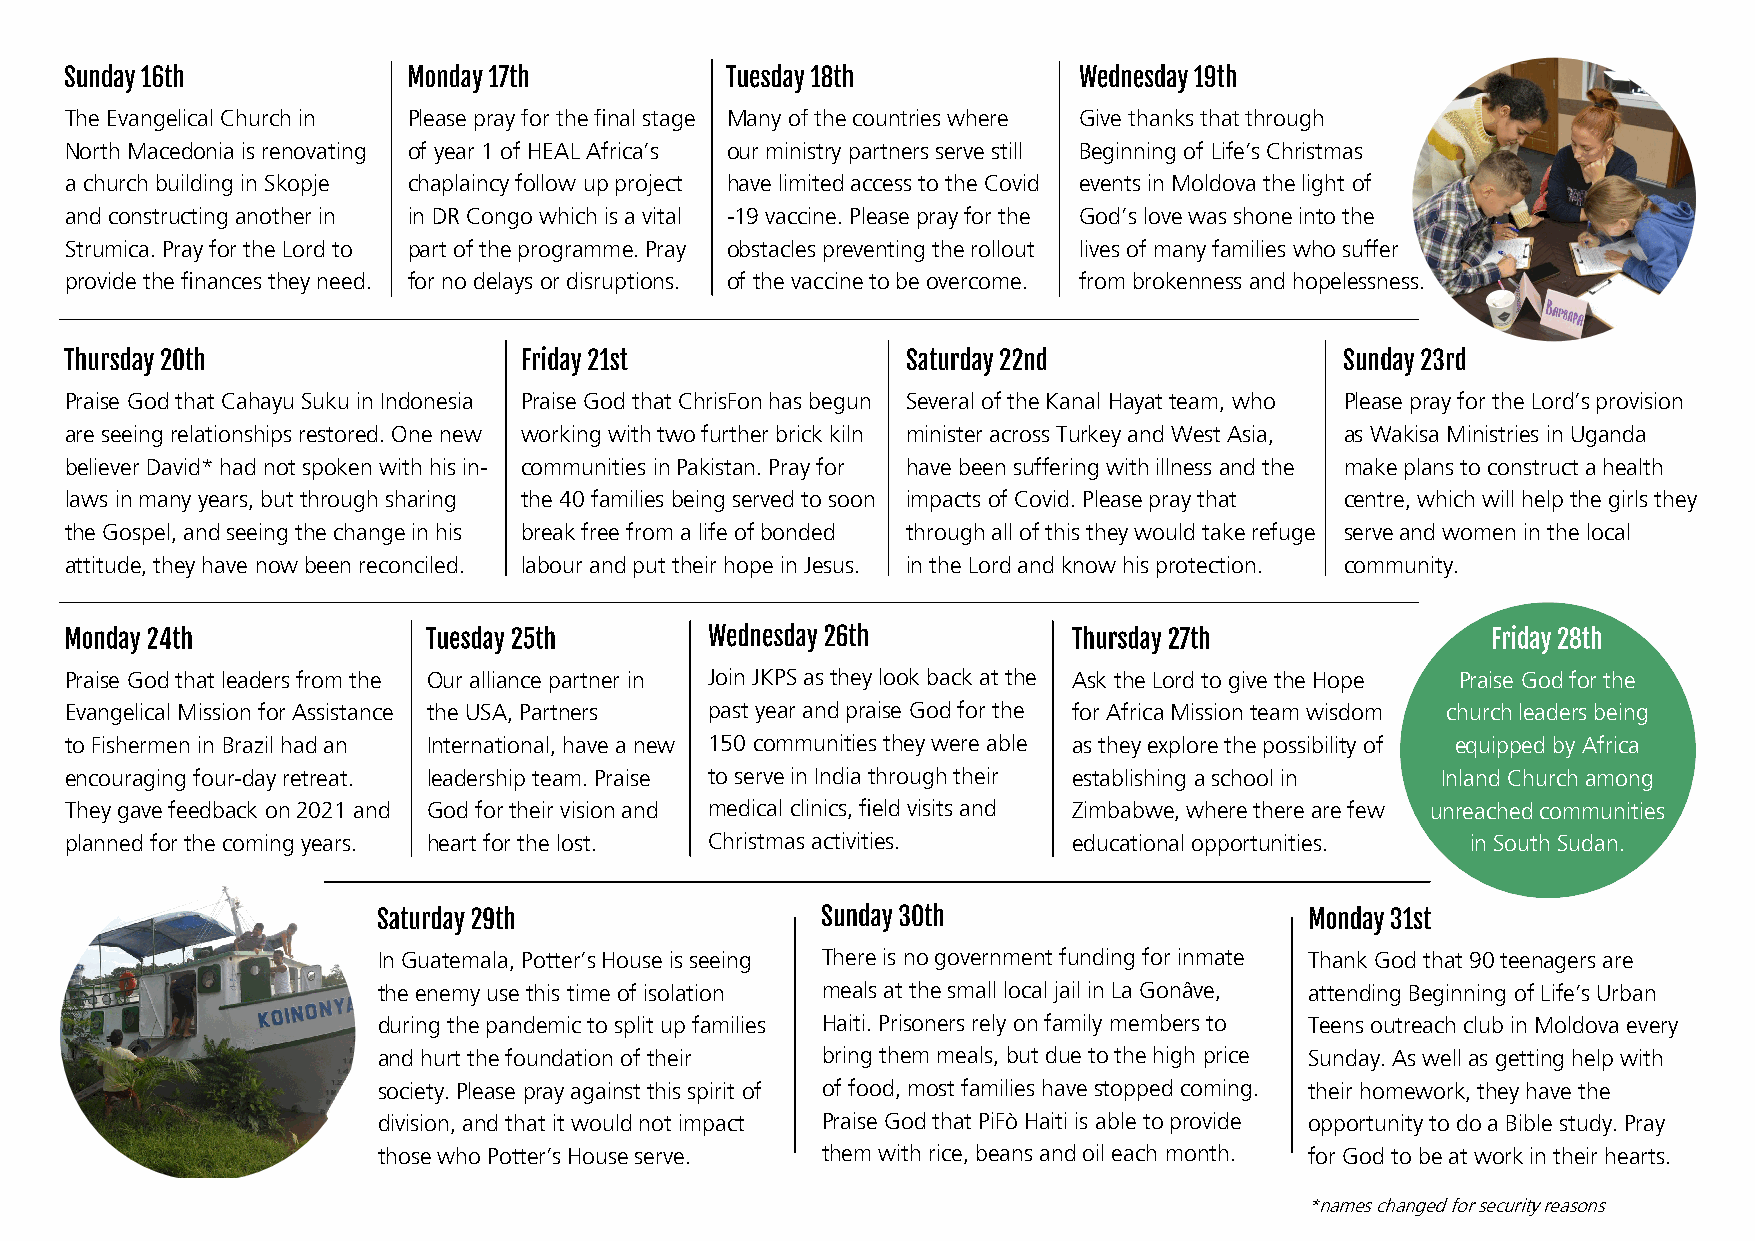
The Evangelical Church in Please pray for the final stage Many of the countries where Give thanks that through
 North Macedonia is renovating of year 1 of HEAL Africa’s our ministry partners serve still Beginning of Life’s Christmas
 a church building in Skopje chaplaincy follow up project have limited access to the Covid events in Moldova the light of
 and constructing another in in DR Congo which is a vital -19 vaccine. Please pray for the God’s love was shone into the
 Strumica. Pray for the Lord to part of the programme. Pray obstacles preventing the rollout lives of many families who suffer
 provide the finances they need. for no delays or disruptions. of the vaccine to be overcome. from brokenness and hopelessness.
 Praise God that Cahayu Suku in Indonesia Praise God that ChrisFon has begun Several of the Kanal Hayat team, who Please pray for the Lord’s provision
 are seeing relationships restored. One new working with two further brick kiln minister across Turkey and West Asia, as Wakisa Ministries in Uganda
 believer David* had not spoken with his in- communities in Pakistan. Pray for have been suffering with illness and the make plans to construct a health
 laws in many years, but through sharing the 40 families being served to soon impacts of Covid. Please pray that centre, which will help the girls they
 the Gospel, and seeing the change in his break free from a life of bonded through all of this they would take refuge serve and women in the local
 attitude, they have now been reconciled. labour and put their hope in Jesus. in the Lord and know his protection. community.
 Praise God that leaders from the Our alliance partner in Join JKPS as they look back at the Ask the Lord to give the Hope Praise God for the
 Evangelical Mission for Assistance the USA, Partners past year and praise God for the for Africa Mission team wisdom church leaders being
 to Fishermen in Brazil had an International, have a new 150 communities they were able as they explore the possibility of equipped by Africa
 encouraging four-day retreat. leadership team. Praise to serve in India through their establishing a school in Inland Church among
 They gave feedback on 2021 and God for their vision and medical clinics, field visits and Zimbabwe, where there are few unreached communities
 planned for the coming years. heart for the lost. Christmas activities. educational opportunities. in South Sudan.
 In Guatemala, Potter’s House is seeing There is no government funding for inmate Thank God that 90 teenagers are
 the enemy use this time of isolation meals at the small local jail in La Gonâve, attending Beginning of Life’s Urban
 during the pandemic to split up families Haiti. Prisoners rely on family members to Teens outreach club in Moldova every
 and hurt the foundation of their bring them meals, but due to the high price Sunday. As well as getting help with
 society. Please pray against this spirit of of food, most families have stopped coming. their homework, they have the
 division, and that it would not impact Praise God that PiFò Haiti is able to provide opportunity to do a Bible study. Pray
 those who Potter’s House serve. them with rice, beans and oil each month. for God to be at work in their hearts.
 *names changed for security reasons